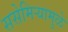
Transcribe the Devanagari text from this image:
ससेमिऱ्यामुळे